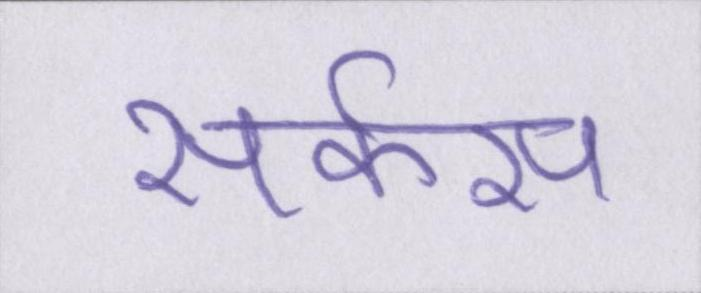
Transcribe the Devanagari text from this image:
सर्कस